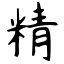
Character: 精